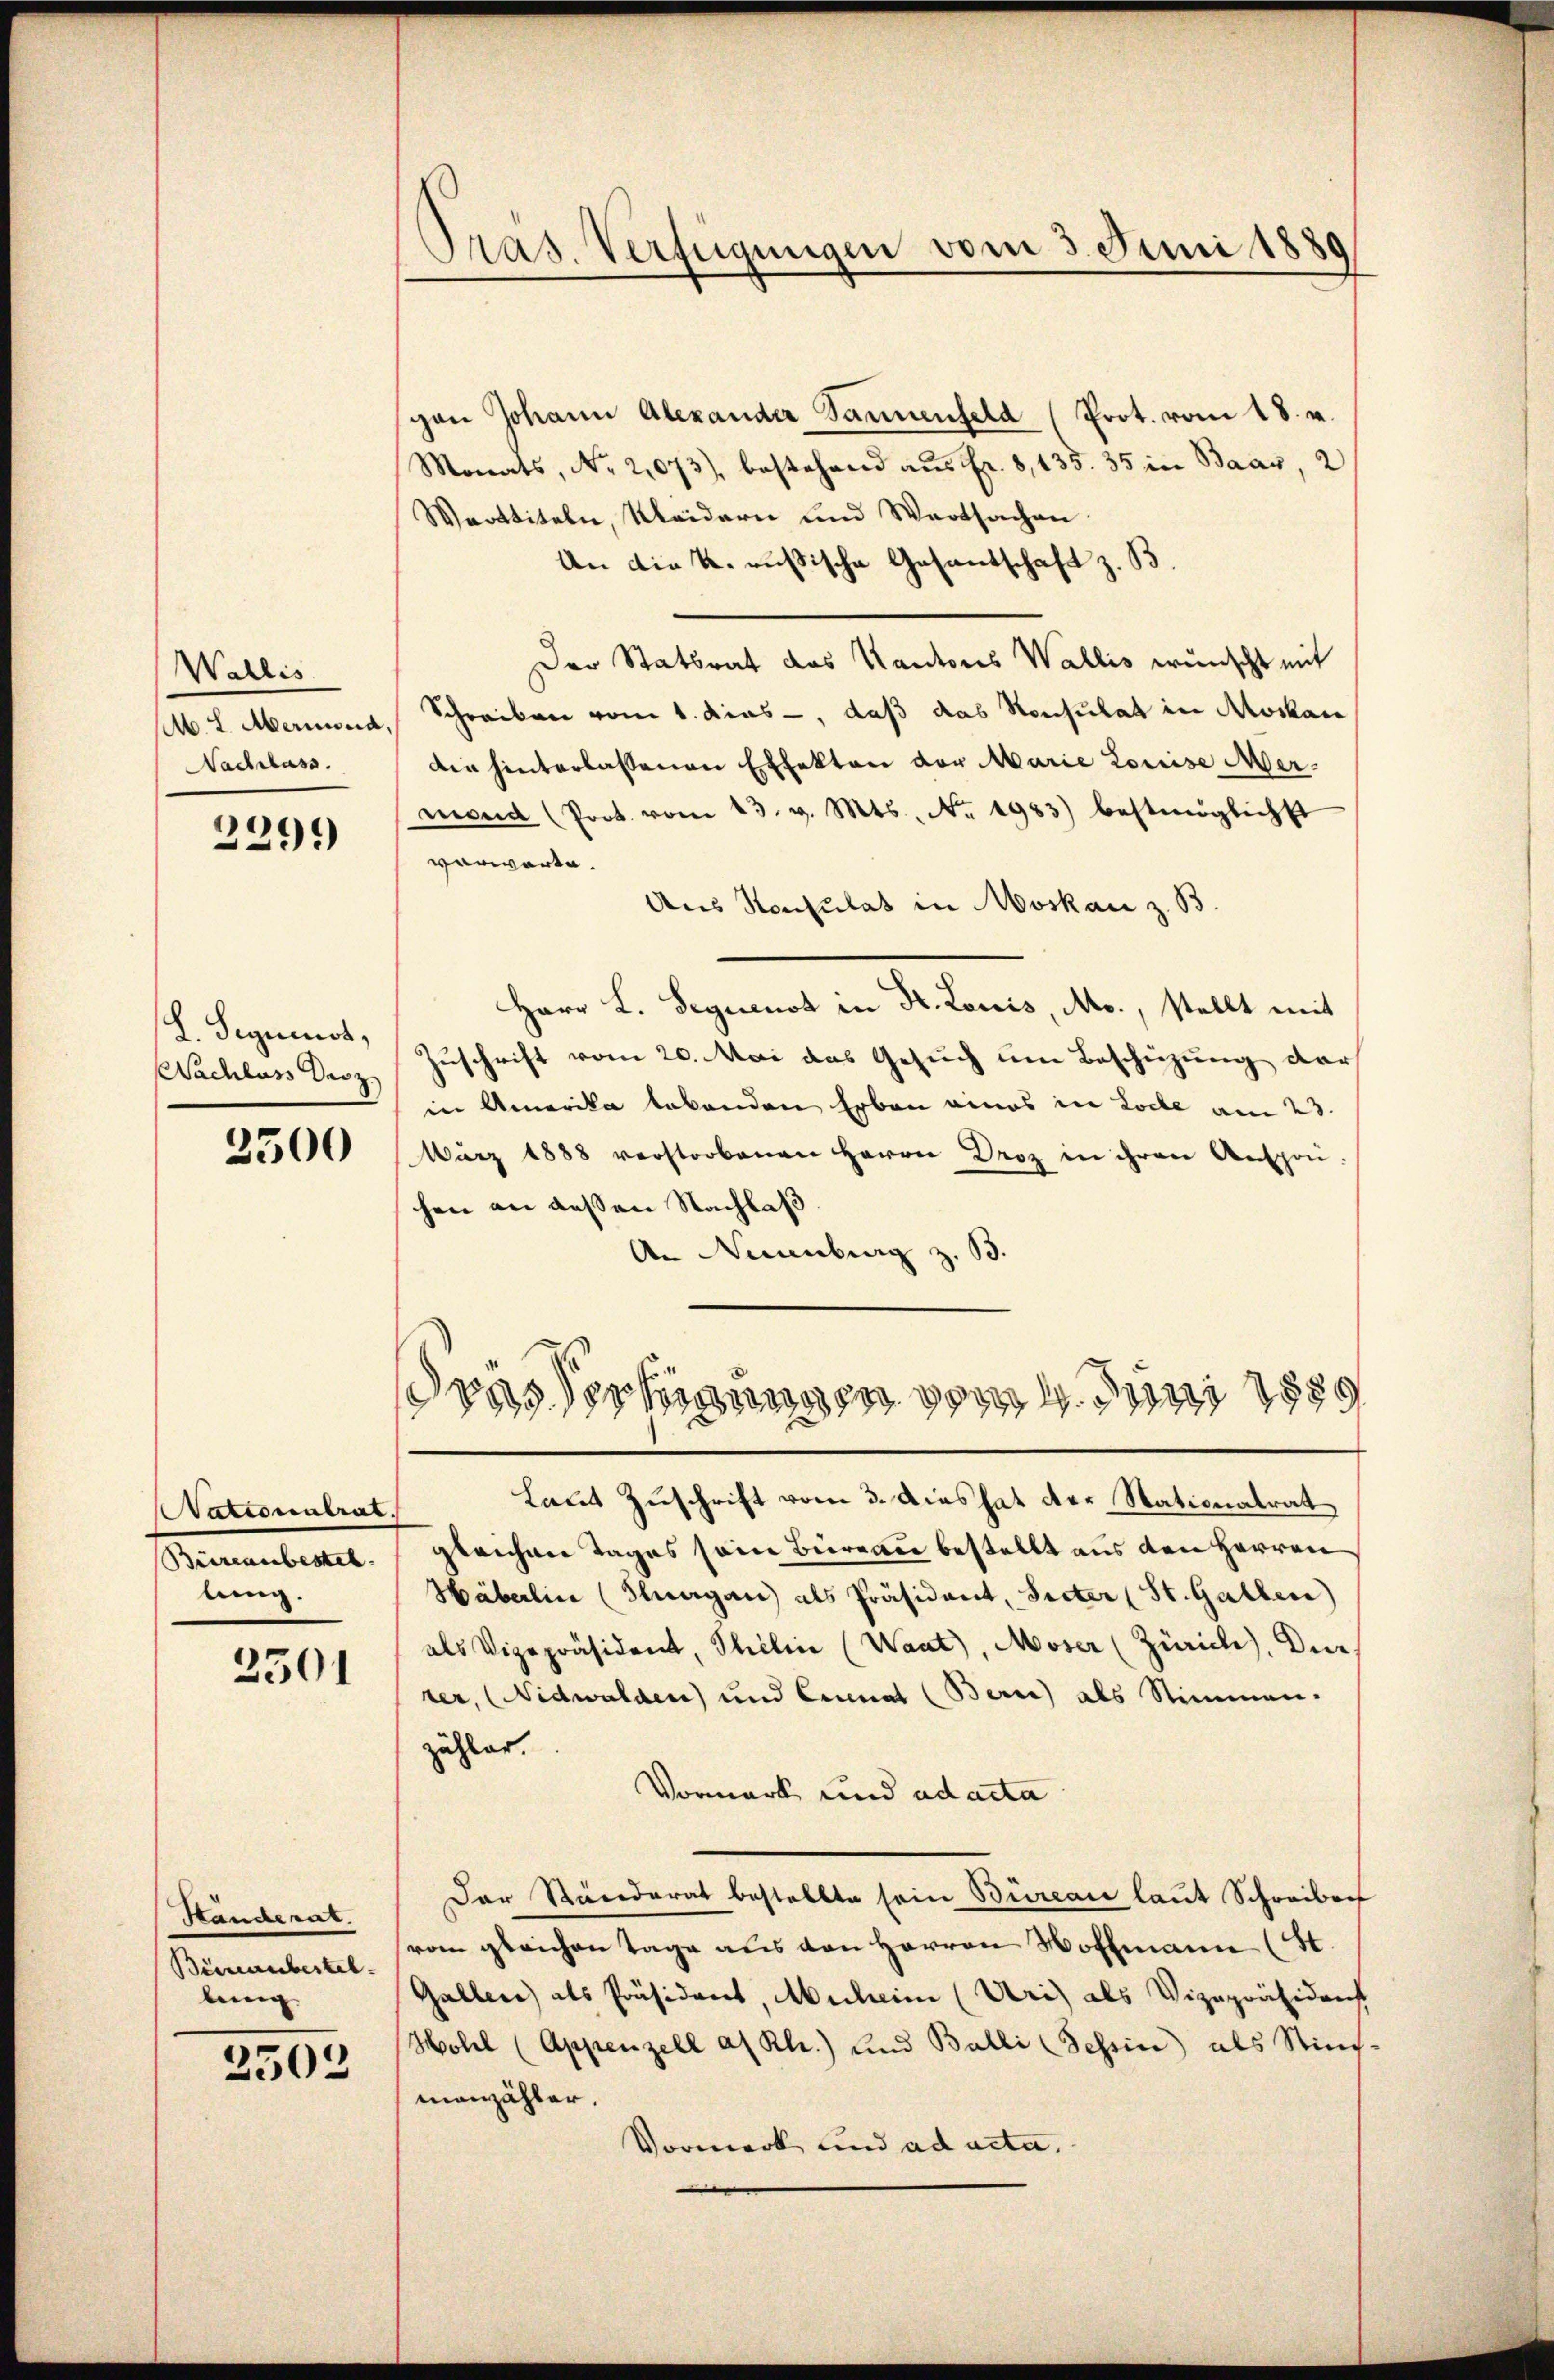
Wallis
M. L. Merinsud
Nachlass.
2291)

L. Segnenst,
Wachluss Decz

2500

Nationalrat.
Büreaubestel
lung.

3301

Ständerat.
Büreaubestel
lung

2502

Präs. Verfügungen vom 3. Juni 1889

scan Johann Alexander Sanienfeld (Prot. vom 18. v.
Monats, No 2,073), bestehend aus fr. 8, 135. 35 in Baar, 2
Warttiteln, Kleidern und Wertsachen.
An die k. russische Gesandschaft z. B.
Der Statsrat das Kantons Wallis wünscht mit
Schreiben vom 1. dies, daß das Konsulat in Moskau
die hinterlassenen Effekten vor Marie Louise Mermond (Prok. vom 23. v. Mts. No. 1983) bestmöglichst
vorwärte.
Aus Konsulat in Moskau z. B.
Herr L. Sequenst in St. Louis, Mo., stellt mit
Zuschrift vom 20. Mai das Gesuch um Beschüzung der
in Amerika lebenden Erben eines in Loche am 23.
März 1888 verstorbenen Herrn Droz in ihren Anspon-
hen an dessen Nachlaß
An Nuanburg z. B.
drasserungen Juni 189
Laut Zuschrift vom 3. Das hat der Stationalrat
gleichen Tages sein Bureau bestellt aus den Herren
Häberlin (Flurgau) als Präsident, Seiter (St. Gallen)
als Vizepräsident, Philin (Waat), Moser (Zürich, Dur
rer, (Nidwalden) und Einnat (Bern) als Stimmen.
zähler.
Vormark und ad acta
Der Standerat bestellte sein Büreau laut Schreiben
vom gleichen Tage aus den Herren Hoffmann (St.
Gallen als Präsident, Muheim (Uri) als Vizepräsident
Hohel (Appenzell a. Rh.) und Balli (Tessin als Stim-
manzähler.
Vormerk und ad acta.